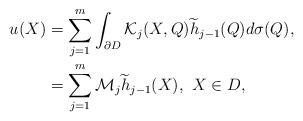
LaTeX: \begin{align*}u(X)&=\sum_{j=1}^{m}\int_{\partial D}\mathcal{K}_{j}(X,Q)\widetilde{h}_{j-1}(Q)d\sigma(Q),\\&=\sum_{j=1}^{m}\mathcal{M}_{j}\widetilde{h}_{j-1}(X),\,\, X\in D,\end{align*}